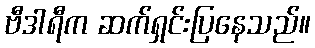
ဗီဒါရီက ဆက်ရှင်းပြနေသည်။